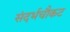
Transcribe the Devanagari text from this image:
संदर्भचौकट